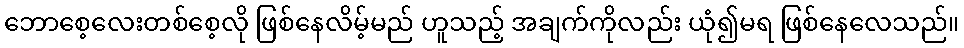
ဘောစေ့လေးတစ်စေ့လို ဖြစ်နေလိမ့်မည် ဟူသည့် အချက်ကိုလည်း ယုံ၍မရ ဖြစ်နေလေသည်။